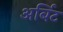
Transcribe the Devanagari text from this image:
अर्बिट